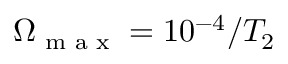
\Omega _ { \textrm { m a x } } = 1 0 ^ { - 4 } / T _ { 2 }